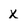
Character: X